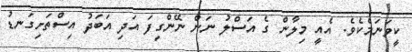
ކީވަނަމެކެވެ. އެއީ މިލާން ގެ އަސްލު ނަން ނޭންގިފަ އަދި އަބަދު އިސްތަށިގަނޑު